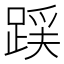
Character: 𮛪